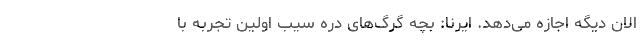
الان دیگه اجازه می‌دهد. ایرنا: بچه گرگ‌های دره سیب اولین تجربه با